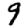
Digit: 9